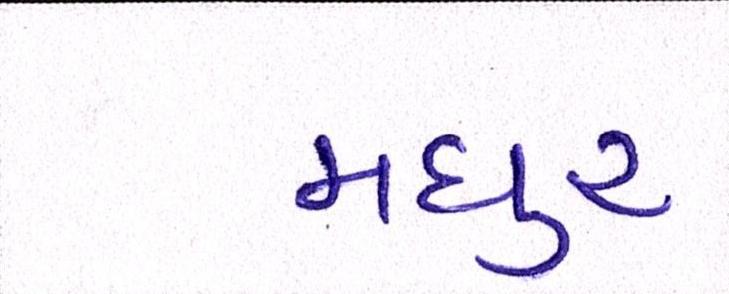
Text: મધુર